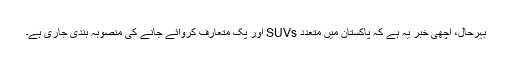
بہرحال، اچھی خبر یہ ہے کہ پاکستان میں متعدد SUVs اور پک متعارف کروائے جانے کی منصوبہ بندی جاری ہے۔